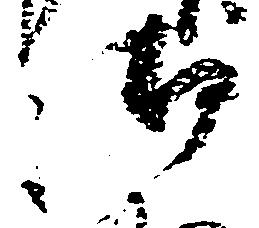
御